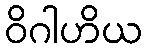
ဝိဂါဟိယ